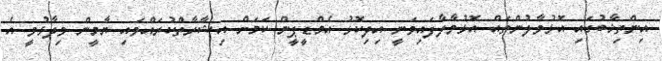
އިންތިޚާބުގައި އޮޅުވާލުންތައް އޮޅުވާލާފައިވަނީ އިދިކޮޅު އެމްޑީޕީން ކަމަށް އިޝާރާތްކުރައްވައި ޔާމީން ވިދާޅުވީ އެ